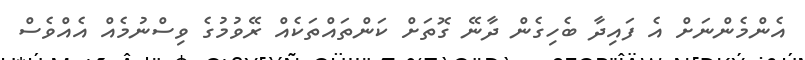
އެންމެންނަށް އެ ފައިދާ ބެހިގެން ދާނޭ ގޮތަށް ކަންތައްތަކެއް ރޭވުމުގެ ވިސްނުމެއް އެއްވެސް